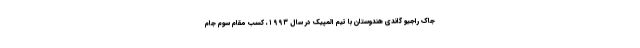
جاک راجیو گاندی هندوستان با تیم المپیک در سال ۱۹۹۳، کسب مقام سوم جام